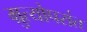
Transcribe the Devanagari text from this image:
म्रुत्योपरांत